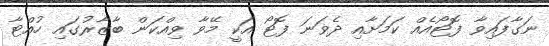
ނަގާފައިވާ ފޮޓޯއެއް ކަމަށާއި ދެވަނަ ފޮޓޯ އަކީ މޭވާ ވިއްކަން ބާޒާރުގައި ހުއްޓާ